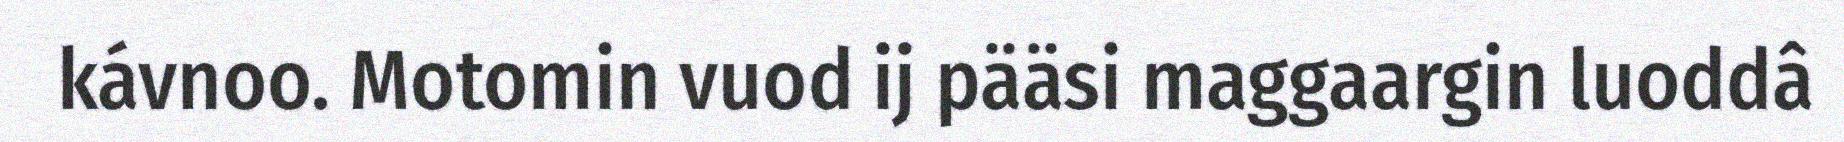
kávnoo. Motomin vuod ij pääsi maggaargin luoddâ